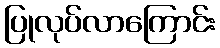
ပြုလုပ်လာကြောင်း